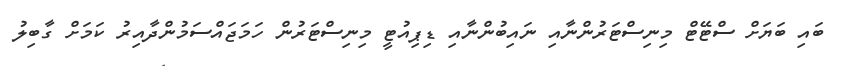
ބައި ބަޔަށް ސްޓޭޓް މިނިސްޓަރުންނާއި ނައިބުންނާއި ޑިޕިއުޓީ މިނިސްޓަރުން ހަމަޖައްސަމުންދާއިރު ކަމަށް ގާބިލު